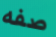
صفه